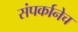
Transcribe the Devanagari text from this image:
संपर्कानेच